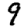
Digit: 9